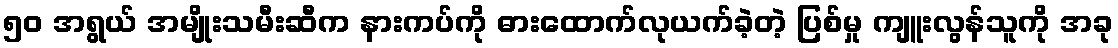
၅၀ အရွယ် အမျိုးသမီးဆီက နားကပ်ကို ဓားထောက်လုယက်ခဲ့တဲ့ ပြစ်မှု ကျူးလွန်သူကို အခု